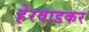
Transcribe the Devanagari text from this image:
हेरवाडकर